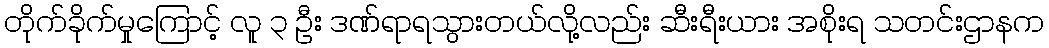
တိုက်ခိုက်မှုကြောင့် လူ ၃ ဦး ဒဏ်ရာရသွားတယ်လို့လည်း ဆီးရီးယား အစိုးရ သတင်းဌာနက